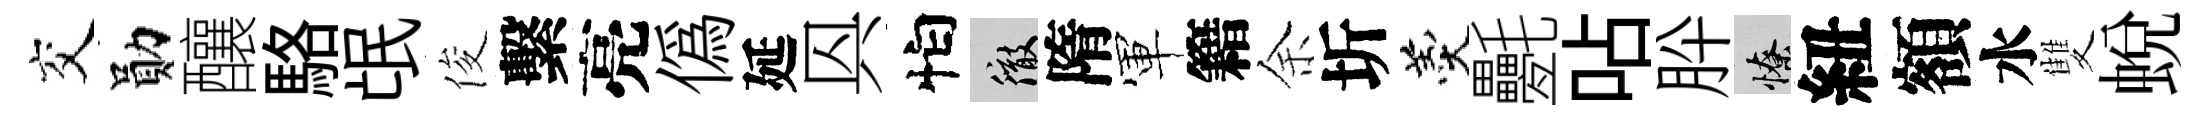
交勛釀駱氓俊繫亮偽延㒷怕徹隋軍籍余圻羹氎呫肸憭紐額水雙蜕